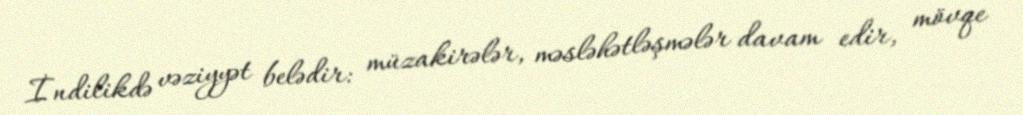
İndilikdə vəziyyət belədir: müzakirələr, məsləhətləşmələr davam edir, mövqe